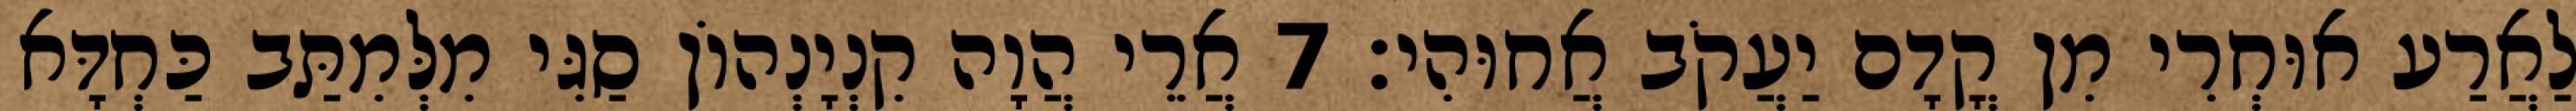
לַאֲרַע אוּחְרִי מִן קֳדָם יַעֲקֹב אֲחוּהִי׃ 7 אֲרֵי הֲוָה קִנְיָנְהוֹן סַגִּי מִלְּמִתַּב כַּחְדָּא